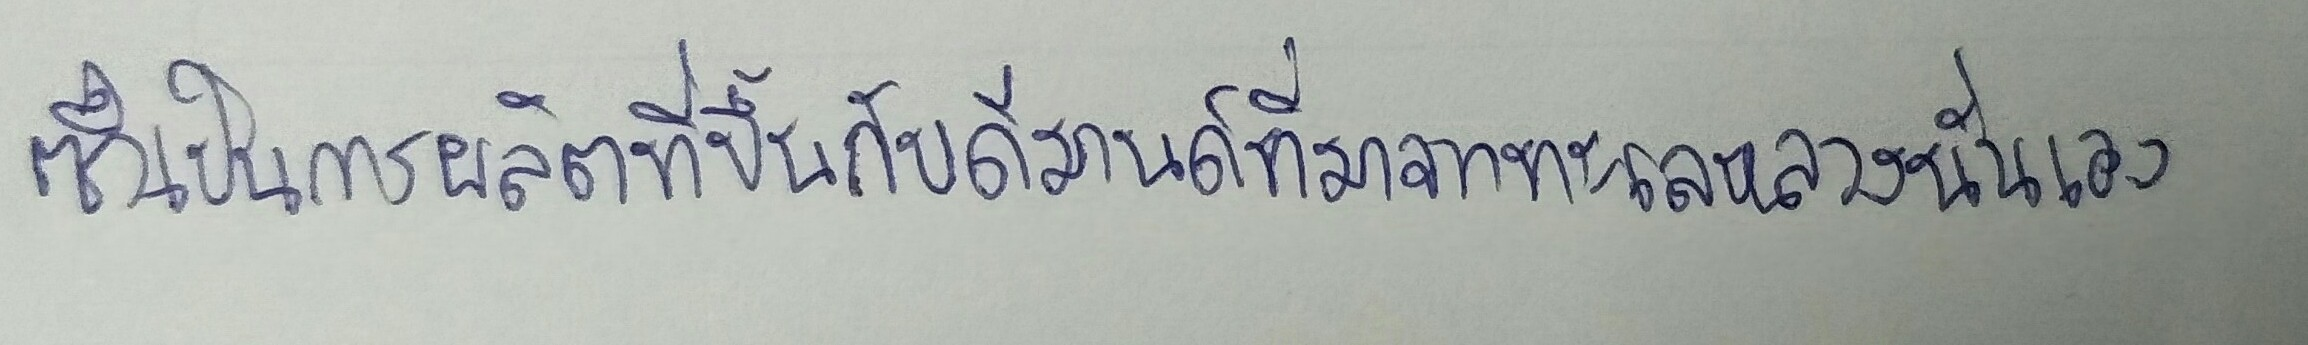
ซึ่งเป็นการผลิตที่ขึ้นกับดีมานด์ที่มาจากทะเลหลวงนั่นเอง